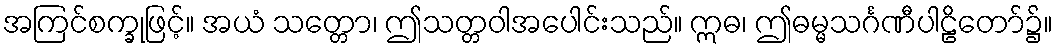
အကြင်စက္ခုဖြင့်။ အယံ သတ္တော၊ ဤသတ္တဝါအပေါင်းသည်။ ဣဓ၊ ဤဓမ္မသင်္ဂဏီပါဠိတော်၌။